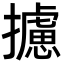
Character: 攄